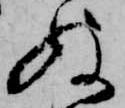
ぬ